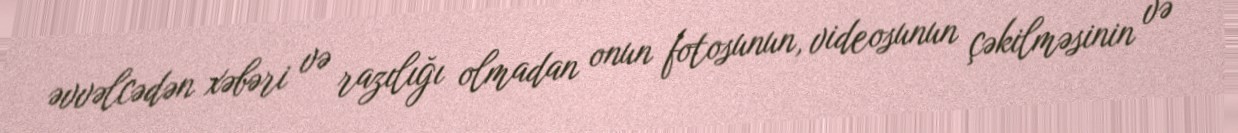
əvvəlcədən xəbəri və razılığı olmadan onun fotosunun, videosunun çəkilməsinin və